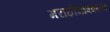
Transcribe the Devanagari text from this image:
मराठीभाषकांना